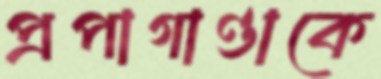
প্রপাগাণ্ডাকে